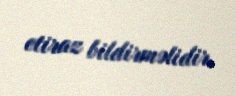
etiraz bildirməlidir.